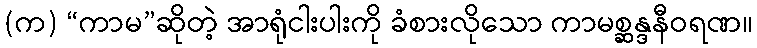
(က) “ကာမ”ဆိုတဲ့ အာရုံငါးပါးကို ခံစားလိုသော ကာမစ္ဆန္ဒနီဝရဏ။